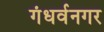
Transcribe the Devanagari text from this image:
गंधर्वनगर